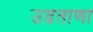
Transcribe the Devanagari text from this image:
उडताणा